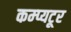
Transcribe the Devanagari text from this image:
कम्प्यटूर